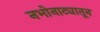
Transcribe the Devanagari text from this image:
नभोनाट्यातून